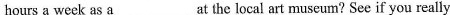
hours a week as a ___ at the local art museum? See if you really